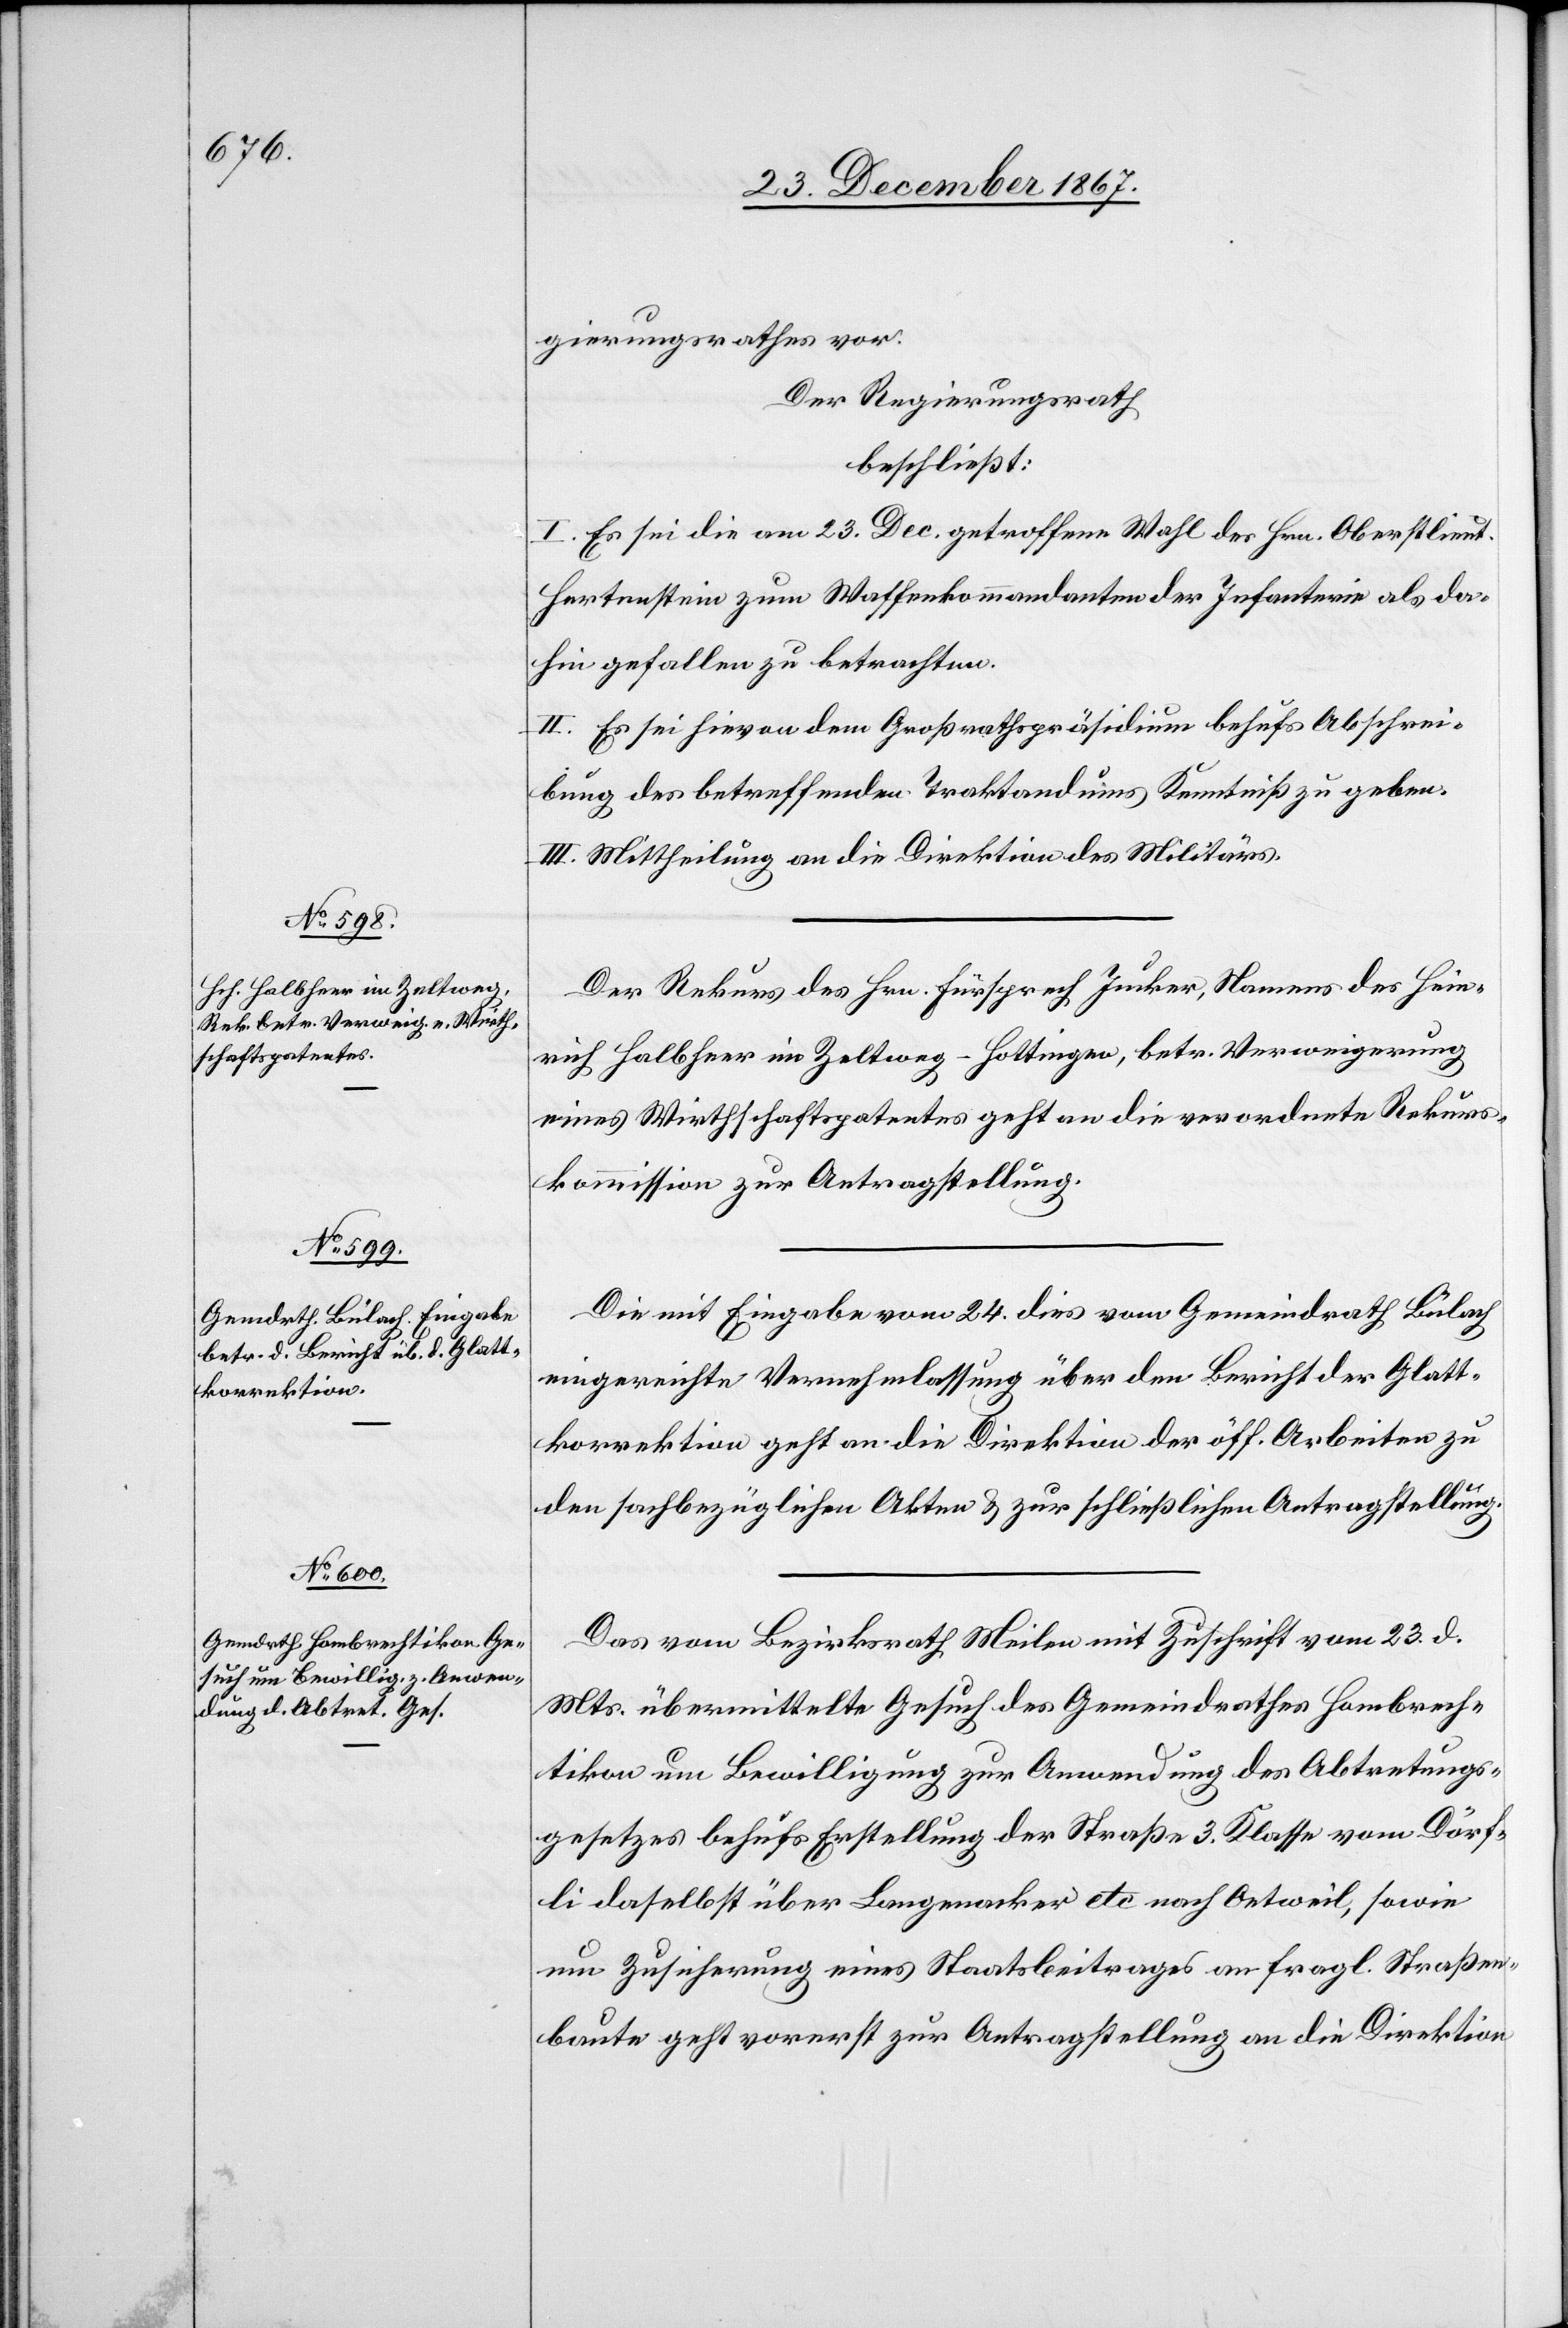
27. December 1867.]
gierungsrathes vor.
Der Regierungsrath
beschließt:
I. Es sei die am 23. Dec. getroffene Wahl des Hrn. Oberstlieut.
Hertenstein zum Waffenkommandanten der Infanterie als da¬
hin gefallen zu betrachten.
II. Es sei hievon dem Großrathspräsidium behufs Abschrei¬
bung des betreffenden Traktandums Kenntniß zu geben.
III. Mittheilung an die Direktion des Militärs.
Der Rekurs des Hrn. Fürsprech Jucker, Namens des Hein¬
rich Halbheer im Zeltweg - Hottingen, betr. Verweigerung
eines Wirthschaftspatentes geht an die verordnete Rekurs¬
kommission zur Antragstellung.
Die mit Eingabe vom 24. dies vom Gemeindrath Bülach
eingereichte Vernehmlassung über den Bericht der Glatt¬
korrektion geht an die Direktion der öff. Arbeiten zu
den sachbezüglichen Akten u. zur schließlichen Antragstellung.
Das vom Bezirksrath Meilen mit Zuschrift vom 23. d.
Mts. übermittelte Gesuch des Gemeindrathes Hombrech¬
tikon um Bewilligung zur Anwendung des Abtretungs¬
gesetzes behufs Erstellung der Straße 3. Klasse vom Dörf¬
li daselbst über Langenacker etc. nach Oetweil, sowie
um Zusicherung eines Staatsbeitrages an fragl. Straßen¬
baute geht vorerst zur Antragstellung an die Direktion